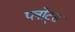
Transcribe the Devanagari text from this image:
प्लोट्स